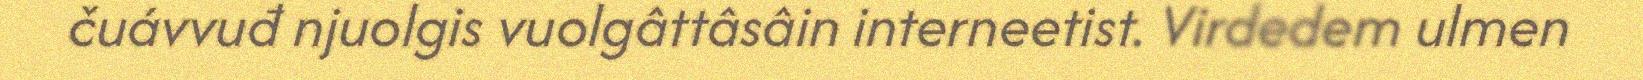
čuávvuđ njuolgis vuolgâttâsâin interneetist. Virdedem ulmen